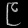
Digit: ၉